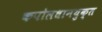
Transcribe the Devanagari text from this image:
कपोलधानयुक्त